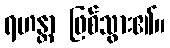
ရဟန္တာ ဖြစ်သွား၏။